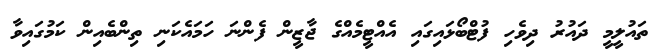
ތައުލީމީ ދައުރު ދިވެހި ފުޓްބޯޅައިގައި އެއްޓީމެއްގެ ޖާޒީން ފެންނަ ހަމައެކަނި ތިންބެއިން ކަމުގައިވާ